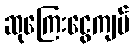
ဆုကြေးငွေကျပ်